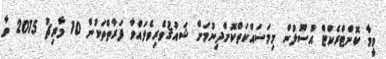
ވީމާ ކޮންޓްރެކްޓް އުސޫލުން މިމަސައްކަތްކޮށްދިނުމަށް ޝައުޤުވެރިވެލައްވާ ފަރާތްތަކުން 10 މާރިޗު 2015 ވާ